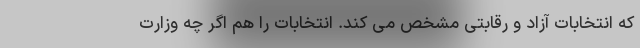
که انتخابات آزاد و رقابتی مشخص می کند. انتخابات را هم اگر چه وزارت